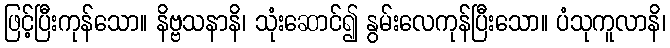
ဖြင့်ပြီးကုန်သော။ နိဗ္ဗသနာနိ၊ သုံးဆောင်၍ နွမ်းလေကုန်ပြီးသော။ ပံသုကူလာနိ၊